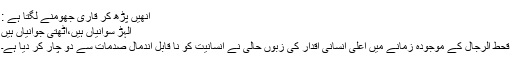
انھیں پڑھ کر قاری جھومنے لگتا ہے :
الہڑ سوانیاں ہیں،اٹھتی جوانیاں ہیں
قحط الرجال کے موجودہ زمانے میں اعلیٰ انسانی اقدار کی زبوں حالی نے انسانیت کو نا قابل اندمال صدمات سے دو چار کر دیا ہے۔